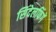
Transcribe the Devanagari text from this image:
सिंदेलफिंगें